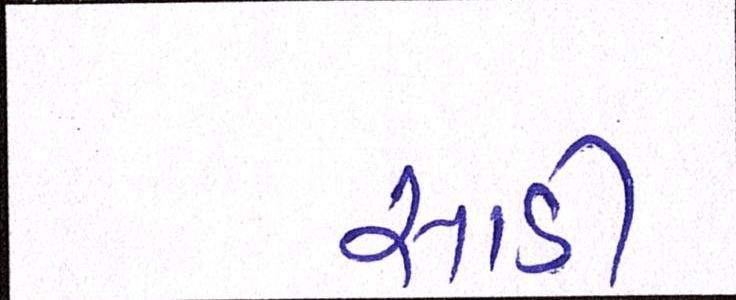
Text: સાડી